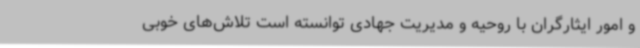
و امور ایثارگران با روحیه و مدیریت جهادی توانسته است تلاش‌های خوبی